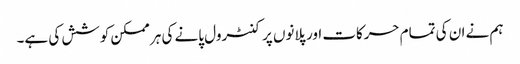
ہم نے ان کی تمام حرکات اور پلانوں پر کنٹرول پانے کی ہر ممکن کوشش کی ہے۔